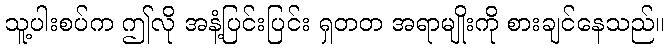
သူ့ပါးစပ်က ဤလို အနံ့ပြင်းပြင်း ရှတတ အရာမျိုးကို စားချင်နေသည်။